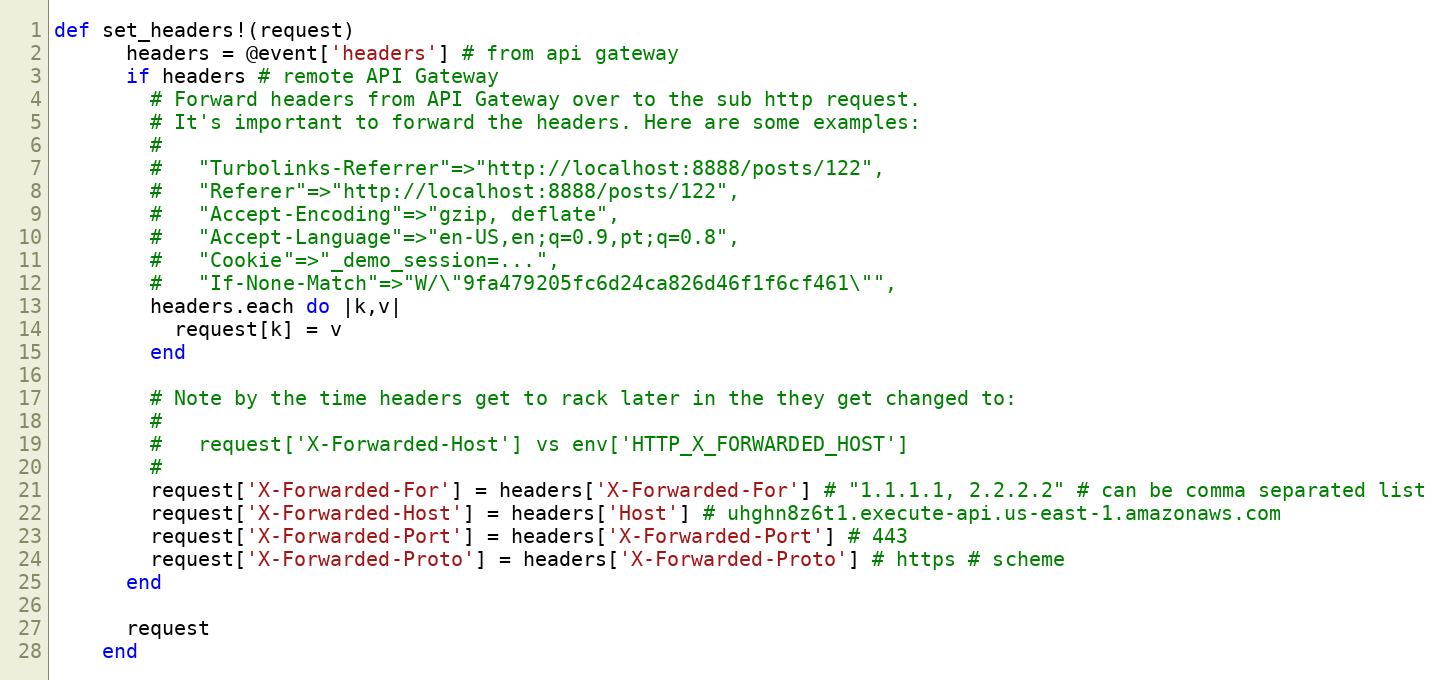
Language: Ruby
def set_headers!(request)
      headers = @event['headers'] # from api gateway
      if headers # remote API Gateway
        # Forward headers from API Gateway over to the sub http request.
        # It's important to forward the headers. Here are some examples:
        #
        #   "Turbolinks-Referrer"=>"http://localhost:8888/posts/122",
        #   "Referer"=>"http://localhost:8888/posts/122",
        #   "Accept-Encoding"=>"gzip, deflate",
        #   "Accept-Language"=>"en-US,en;q=0.9,pt;q=0.8",
        #   "Cookie"=>"_demo_session=...",
        #   "If-None-Match"=>"W/\"9fa479205fc6d24ca826d46f1f6cf461\"",
        headers.each do |k,v|
          request[k] = v
        end

        # Note by the time headers get to rack later in the they get changed to:
        #
        #   request['X-Forwarded-Host'] vs env['HTTP_X_FORWARDED_HOST']
        #
        request['X-Forwarded-For'] = headers['X-Forwarded-For'] # "1.1.1.1, 2.2.2.2" # can be comma separated list
        request['X-Forwarded-Host'] = headers['Host'] # uhghn8z6t1.execute-api.us-east-1.amazonaws.com
        request['X-Forwarded-Port'] = headers['X-Forwarded-Port'] # 443
        request['X-Forwarded-Proto'] = headers['X-Forwarded-Proto'] # https # scheme
      end

      request
    end